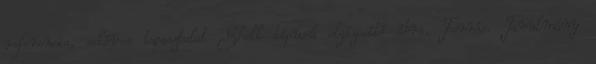
referencia, sokéves tapasztalat Shell típusú elgázosító ábra. Forrás: Tanulmány